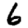
Digit: 6